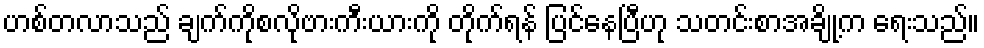
ဟစ်တလာသည် ချက်ကိုစလိုဗားကီးယားကို တိုက်ရန် ပြင်နေပြီဟု သတင်းစာအချို့က ရေးသည်။